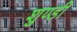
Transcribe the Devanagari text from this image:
शुण्डी